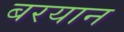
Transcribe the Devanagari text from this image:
बरयान